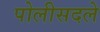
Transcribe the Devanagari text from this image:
पोलीसदले